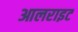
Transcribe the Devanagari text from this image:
आलराइट